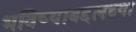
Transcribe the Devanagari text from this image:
भविष्याबद्दलच्या